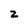
Character: 2